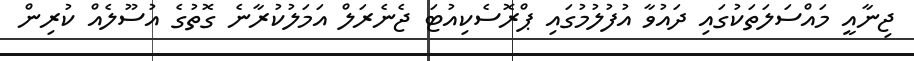
ޖިނާއީ މައްސަލަތަކުގައި ދައުވާ އުފުލުމުގައި ޕްރޮސެކިއުޓަ ޖެނެރަލް އަމަލުކުރާނެ ގޮތުގެ އުސޫލެއް ކުރިން